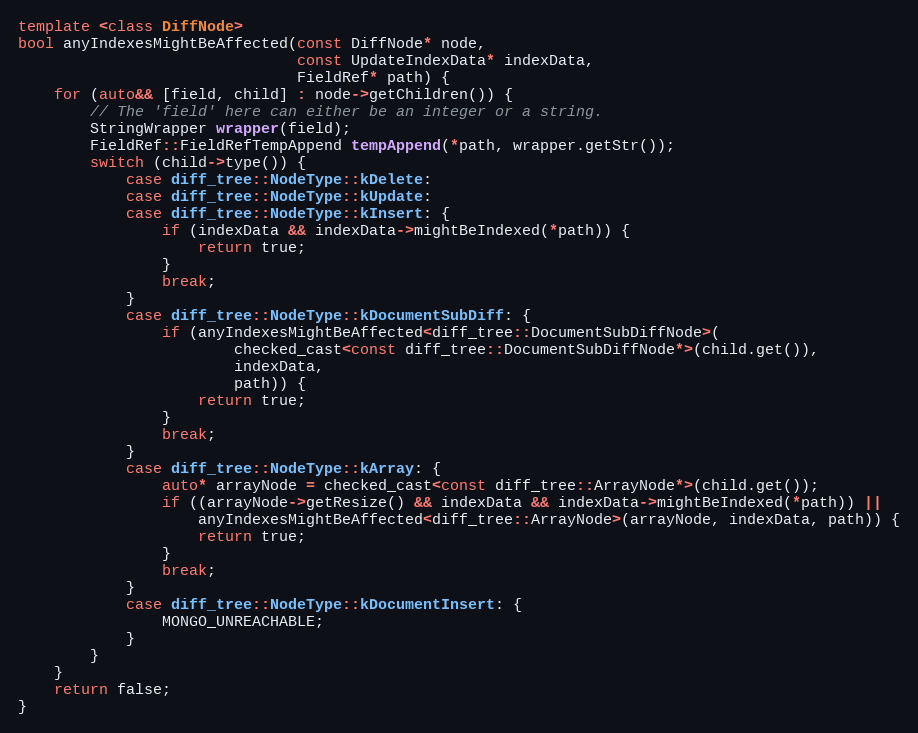
Language: C++
template <class DiffNode>
bool anyIndexesMightBeAffected(const DiffNode* node,
                               const UpdateIndexData* indexData,
                               FieldRef* path) {
    for (auto&& [field, child] : node->getChildren()) {
        // The 'field' here can either be an integer or a string.
        StringWrapper wrapper(field);
        FieldRef::FieldRefTempAppend tempAppend(*path, wrapper.getStr());
        switch (child->type()) {
            case diff_tree::NodeType::kDelete:
            case diff_tree::NodeType::kUpdate:
            case diff_tree::NodeType::kInsert: {
                if (indexData && indexData->mightBeIndexed(*path)) {
                    return true;
                }
                break;
            }
            case diff_tree::NodeType::kDocumentSubDiff: {
                if (anyIndexesMightBeAffected<diff_tree::DocumentSubDiffNode>(
                        checked_cast<const diff_tree::DocumentSubDiffNode*>(child.get()),
                        indexData,
                        path)) {
                    return true;
                }
                break;
            }
            case diff_tree::NodeType::kArray: {
                auto* arrayNode = checked_cast<const diff_tree::ArrayNode*>(child.get());
                if ((arrayNode->getResize() && indexData && indexData->mightBeIndexed(*path)) ||
                    anyIndexesMightBeAffected<diff_tree::ArrayNode>(arrayNode, indexData, path)) {
                    return true;
                }
                break;
            }
            case diff_tree::NodeType::kDocumentInsert: {
                MONGO_UNREACHABLE;
            }
        }
    }
    return false;
}